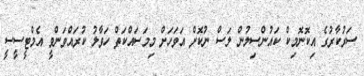
ސަރުކާރުގެ އިކޮނޮމިކް ކައުންސިލުން ލަސް ނުކޮށް އަވަހަށް މިމަސައްކަތް ހަވާލު ކުރައްވަންވީ އެމްޓީސީސީ